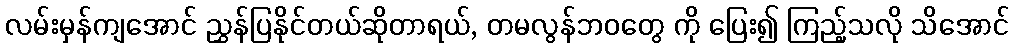
လမ်းမှန်ကျအောင် ညွှန်ပြနိုင်တယ်ဆိုတာရယ်, တမလွန်ဘဝတွေ ကို ပြေး၍ ကြည့်သလို သိအောင်